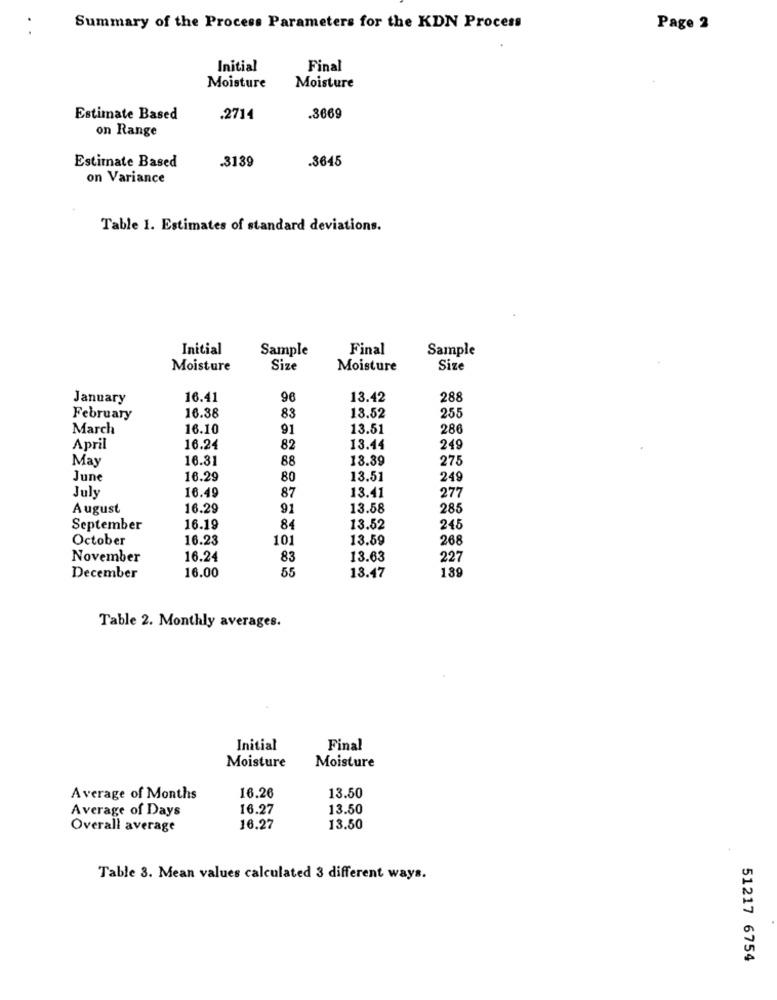
Summary of the Process Parameters for the KDN Process
Page 2
Initial
Final
Moisture
Moisture
Estimate Based
.2714
.3669
on Range
.3139
.3645
Estimate Based
on Variance
Table 1. Estimates of standard deviations.
Initial
Sample
Final
Sample
Moisture
Size
Moisture
Size
January
16.41
96
13.42
288
February
16.38
83
13.52
255
March
16.10
91
13.51
286
April
16.24
82
13.44
249
May
16.31
88
13.39
275
June
16.29
80
13.51
249
16.49
13.41
277
July
87
August
16.29
91
13.58
285
September
16.19
84
13.52
245
October
16.23
101
13.59
268
November
16.24
83
13.63
227
55
189
December
16.00
13.47
Table 2. Monthly averages.
Initial
Final
Moisture
Moisture
Average of Months
16.26
13.50
Average of Days
16.27
13.50
Overall average
16.27
13.50
Table 3. Mean values calculated 3 different ways.
51217 6754